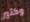
وكثير